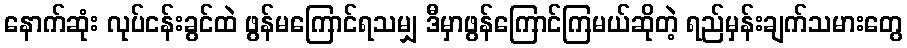
နောက်ဆုံး လုပ်ငန်းခွင်ထဲ ဖွန်မကြောင်ရသမျှ ဒီမှာဖွန်ကြောင်ကြမယ်ဆိုတဲ့ ရည်မှန်းချက်သမားတွေ